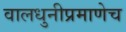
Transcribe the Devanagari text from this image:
वालधुनीप्रमाणेच